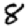
Digit: 8